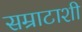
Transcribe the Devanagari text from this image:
सम्राटाशी